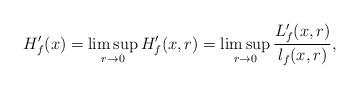
LaTeX: \begin{align*}H_f'(x)=\limsup_{r\to 0} H_f'(x,r)=\limsup_{r\to 0}\frac{L_f'(x,r)}{l_f(x,r)},\end{align*}